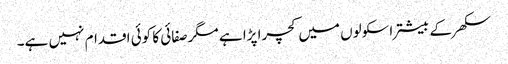
سکھر کے بیشتر اسکولوں میں کچرا پڑا ہے مگرصفائی کا کوئی اقدام نہیں ہے۔